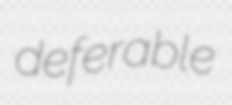
deferable